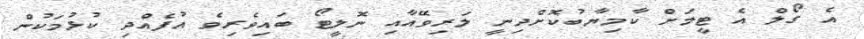
އެ ގޯލް އެ ޓީމަށް ކާމިޔާބުކޮށްދިނީ ލަރިވޭއާއި ނޮލީޓޯ ބައިވެރިވެ އުފެއްދި ކުޅުމަކުން